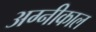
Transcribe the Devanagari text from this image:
अग्नीकाल